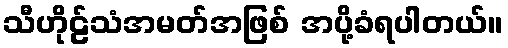
သီဟိုဠ်သံအမတ်အဖြစ် အပို့ခံရပါတယ်။